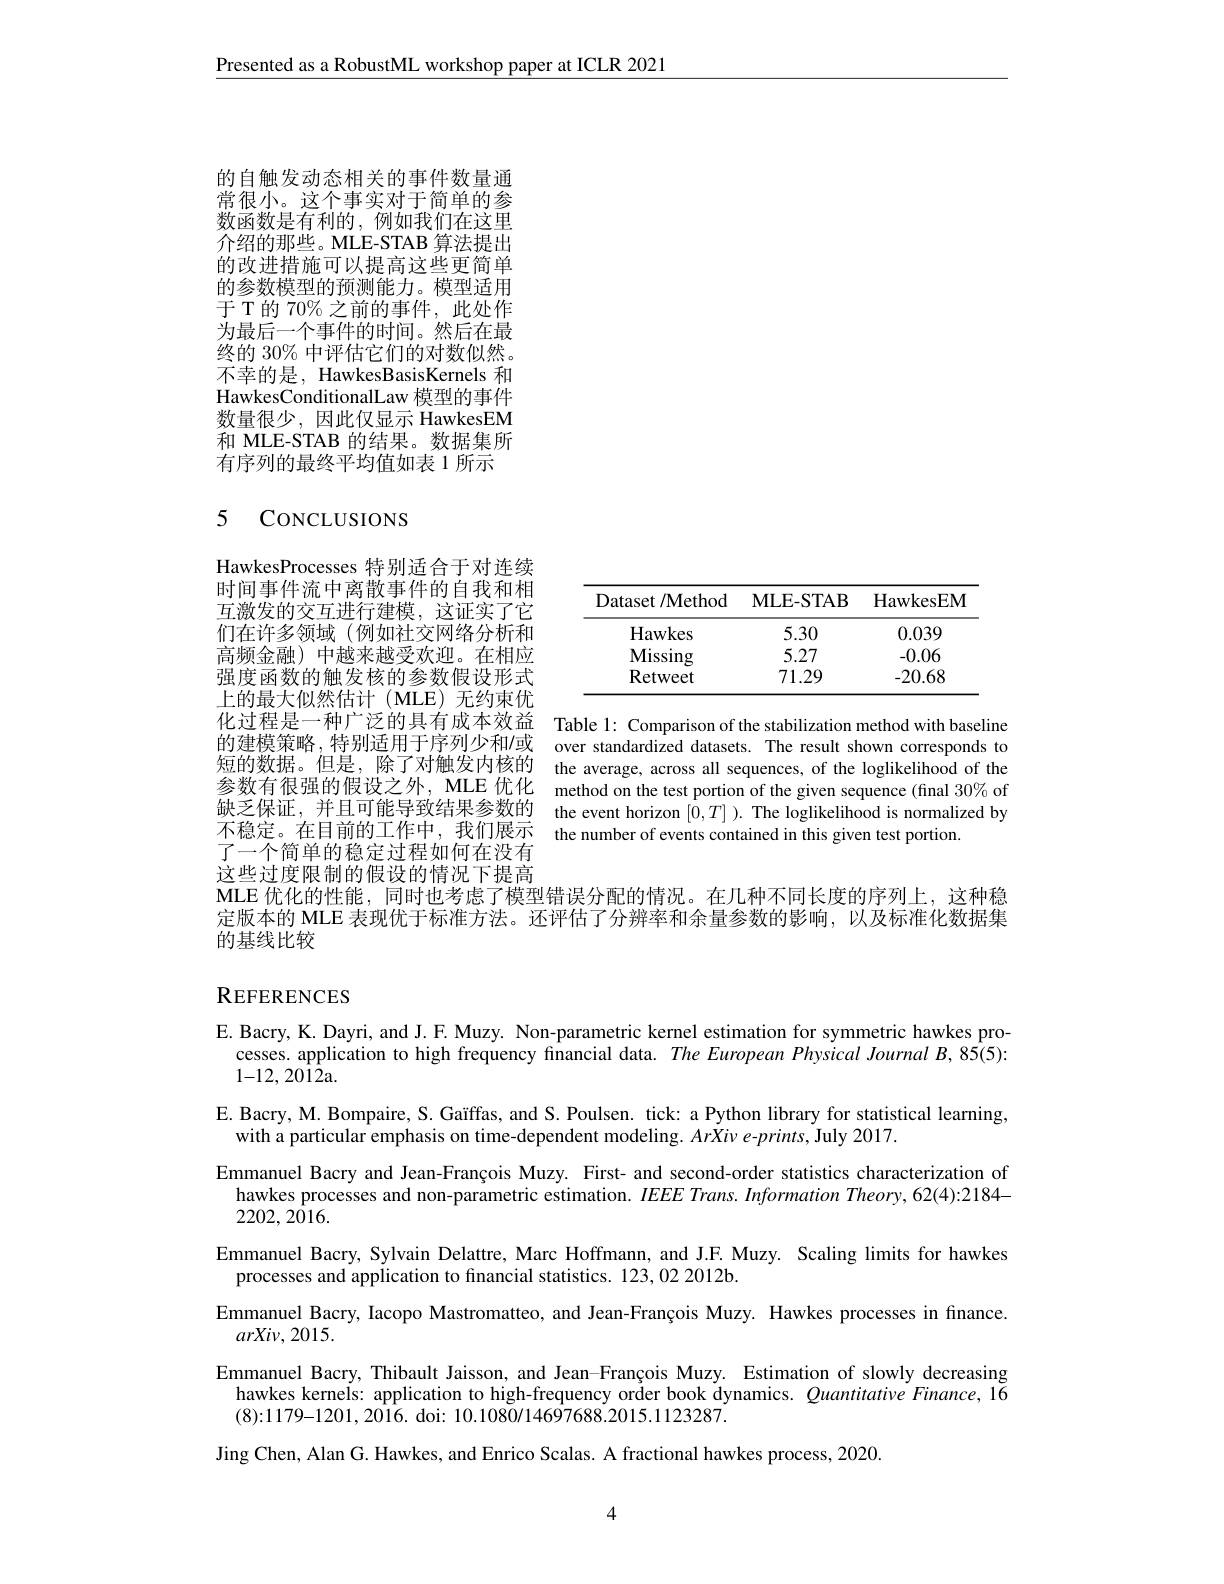
Presented as a RobustML workshop paper at ICLR 2021

的自触发动态相关的事件数量通常很小。这个事实对于简单的参数函数是有利的，例如我们在这里介绍的那些。MLE-STAB 算法提出的改进措施可以提高这些更简单的参数模型的预测能力。模型适用于 T 的 70% 之前的事件，此处作为最后一个事件的时间。然后在最终的 30% 中评估它们的对数似然。不幸的是，HawkesBasisKernels 和HawkesConditionalLaw 模型的事件数量很少，因此仅显示 HawkesEM 和 MLE-STAB 的结果。数据集所有序列的最终平均值如表 1 所示

### 5 CoNCLUSIONS

<table>
	<tbody>
		<tr>
			<th>Dataset /Method</th>
			<th>$\mathbf{MLE-STAB}$</th>
			<th>HawkesEM</th>
		</tr>
		<tr>
			<td>Hawkes</td>
			<td>5.30</td>
			<td>0.039</td>
		</tr>
		<tr>
			<td>$\mathbf{Missing}$</td>
			<td>5.27</td>
			<td>-0.06</td>
		</tr>
		<tr>
			<td>Retweet</td>
			<td>71.29</td>
			<td>-20.68</td>
		</tr>
	</tbody>
</table>

HawkesProcesses 特别适合于对连续时间事件流中离散事件的自我和相互激发的交互进行建模，这证实了它们在许多领域(例如社交网络分析和高频金融)中越来越受欢迎。在相应强度函数的触发核的参数假设形式上的最大似然估计(MLE)无约束优化过程是一种广泛的具有成本效益 Table l: Comparison of the stabilization method with baseline 的建模策略，特别适用于序列少和/或 over standardized datasets. The result shown corresponds to 短的数据。但是，除了对触发内核的 the average, across all sequences, of the loglikelihood of the 参数有很强的假设之外，MLE 优化 method on the test portion of the given sequence (final 30% of 缺 乏 保 证 , 并 且 可 能 导 致 结 果 参 数 的 the event horizon $[ 0, T] ) .$ The loglikelihood is normalized by 不 名 它 女 日 前 的 工 作 中 我 们 显 示不稳定。在目前的工作中，我们展示 the number of events contained in this given test portion.
了一个简单的稳定过程如何在没有这些过度限制的假设的情况下提高

MLE 优化的性能，同时也考虑了模型错误分配的情况。在几种不同长度的序列上，这种稳定版本的 MLE 表现优于标准方法。还评估了分辨率和余量参数的影响，以及标准化数据集的基线比较

## REFERENCES

E. Bacry, K. Dayri, and J. F. Muzy. Non-parametric kernel estimation for symmetric hawkes pro-
cesses. application to high frequency financial data. The European Physical Journal B, 85(5):
1-12,2012a.
E. Bacry, M. Bompaire, S. Gaïffas, and S. Poulsen. tick: a Python library for statistical learning,
with a particular emphasis on time-dependent modeling. ArXiv e-prints, July 2017.
Emmanuel Bacry and Jean-François Muzy. First- and second-order statistics characterization of
hawkes processes and non-parametric estimation. $IEEE\textit{Trans. Information Theory, 62( 4) : 2184- }$
$2202,2\bar{0}16.$
Emmanuel Bacry, Sylvain Delattre, Marc Hoffmann, and J.F. Muzy. Scaling limits for hawkes
processes and application to fınancial statistics. 123, 02 2012b.
Emmanuel Bacry, Iacopo Mastromatteo, and Jean-François Muzy. Hawkes processes in finance.
$arXiv,2015.$
Emmanuel Bacry, Thibault Jaisson, and Jean-François Muzy. Estimation of slowly decreasing
hawkes kernels: application to high-frequency order book dynamics. $\varrho$uantitative Finance, 16
(8){:}1179{-}1201,2016.doi: 10.1080/14697688.2015.1123287.
Jing Chen, Alan G. Hawkes, and Enrico Scalas. A fractional hawkes process, 2020.

4